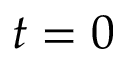
t = 0